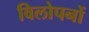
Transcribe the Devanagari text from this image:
विलोपनों